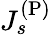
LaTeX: J_{s}^{\mathrm{(P)}}